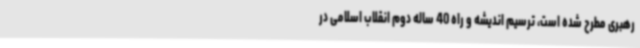
رهبری مطرح شده است، ترسیم اندیشه و راه 40 ساله دوم انقلاب اسلامی در